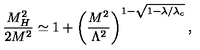
\frac { M _ { H } ^ { 2 } } { 2 M ^ { 2 } } \simeq 1 + \left( \frac { M ^ { 2 } } { \Lambda ^ { 2 } } \right) ^ { 1 - \sqrt { 1 - \lambda / \lambda _ { c } } } ,